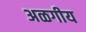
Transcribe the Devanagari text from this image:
अळगीय